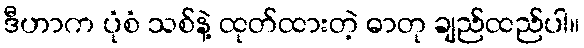
ဒီဟာက ပုံစံ သစ်နဲ့ ထုတ်ထားတဲ့ ဓာတု ချည်ထည်ပါ။